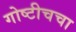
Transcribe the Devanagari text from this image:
गोष्टीचचा